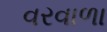
વરવાળા